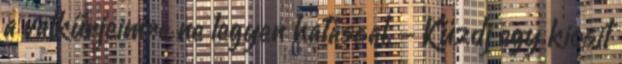
a valkűrjeimre ne legyen hatással. - Küzdj egy kicsit